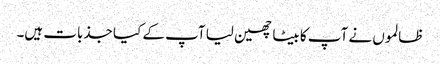
ظالموں نے آپ کا بیٹا چھین لیا آپ کے کیا جذبات ہیں۔